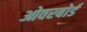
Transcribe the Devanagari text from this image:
ओवरबोर्ड